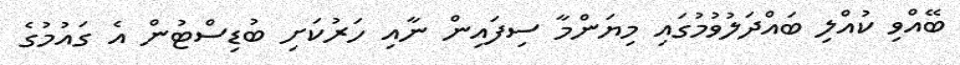
ބޭއްވި ކުއްލި ބައްދަލުވުމުގައި މިޔަންމާ ސިފައިން ނާއި ހަރުކަށި ބުޑިސްޓުން އެ ގައުމުގެ